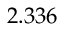
2 . 3 3 6